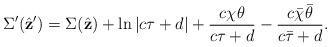
LaTeX: \begin{align*}\Sigma'(\hat{\bf z}') =\Sigma(\hat{\bf z}) +\ln \left|c \tau+d \right| + \frac{c\chi \theta}{c \tau +d} -\frac{c\bar\chi\bar\theta}{c \bar\tau+d}.\end{align*}